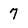
Character: 7